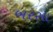
બરસા